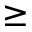
\geq